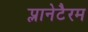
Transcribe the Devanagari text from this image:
प्लानेटैरम